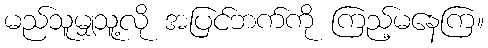
မည်သူမျှသူ့လို အပြင်ဘက်ကို ကြည့်မနေကြ။